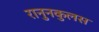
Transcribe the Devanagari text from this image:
रानुनकुलस